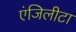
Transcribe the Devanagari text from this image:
एंजिलीटा